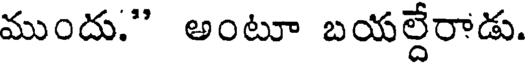
ముందు." అంటూ బయల్దేరాడు.